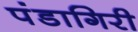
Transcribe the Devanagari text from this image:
पंडागिरी